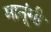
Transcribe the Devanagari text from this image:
मानूंगी